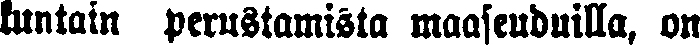
kuntain perustamista maaseuduilla, on